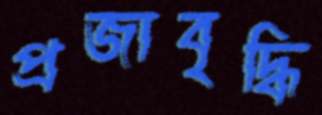
প্রজাবৃদ্ধি